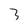
Character: 3